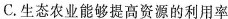
C. 生态农业能够提高资源的利用率